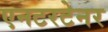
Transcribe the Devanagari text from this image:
एनटरटेनर